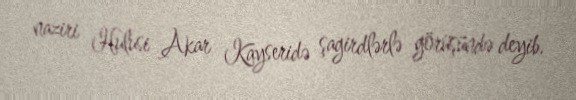
naziri Hulusi Akar Kayseridə şagirdlərlə görüşündə deyib.